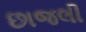
છાજલી